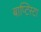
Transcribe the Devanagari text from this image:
बाप्टिस्टा